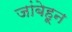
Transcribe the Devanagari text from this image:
जांबेहून